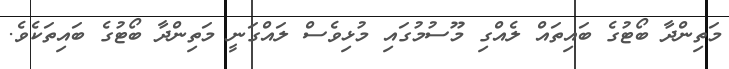
މަތިންދާ ބޯޓުގެ ބައިތައް ލެއްގި މޫސުމުގައި މުޅިވެސް ލައްގަނީ މަތިންދާ ބޯޓުގެ ބައިތަކެވެ.